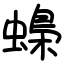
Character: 蟂